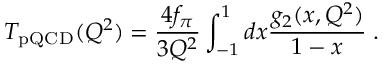
T _ { \mathrm { p Q C D } } ( Q ^ { 2 } ) = { \frac { 4 f _ { \pi } } { 3 Q ^ { 2 } } } \int _ { - 1 } ^ { 1 } d x { \frac { g _ { 2 } ( x , Q ^ { 2 } ) } { 1 - x } } \; .